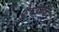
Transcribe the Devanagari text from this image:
फ़ेयरवेज़